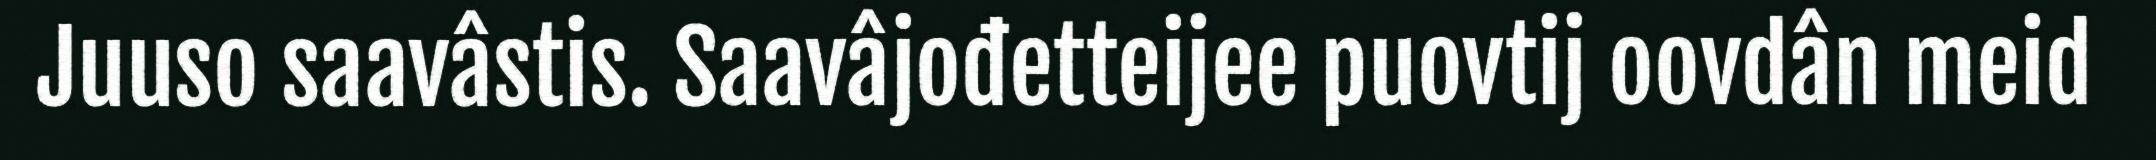
Juuso saavâstis. Saavâjođetteijee puovtij oovdân meid